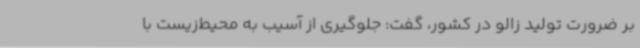
بر ضرورت تولید زالو در کشور، گفت: جلوگیری از آسیب به محیط‌زیست با